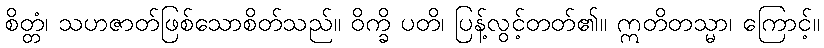
စိတ္တံ၊ သဟဇာတ်ဖြစ်သောစိတ်သည်။ ဝိက္ခိ ပတိ၊ ပြန့်လွင့်တတ်၏။ ဣတိတသ္မာ၊ ကြောင့်။